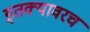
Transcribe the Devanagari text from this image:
इतक्यावरच